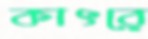
কাৎরে